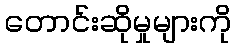
တောင်းဆိုမှုများကို